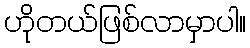
ဟိုတယ်ဖြစ်လာမှာပါ။